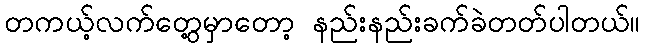
တကယ့်လက်တွေ့မှာတော့ နည်းနည်းခက်ခဲတတ်ပါတယ်။